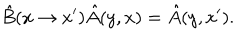
\hat { B } ( x \rightarrow x ^ { \prime } ) \hat { A } ( y , x ) = \hat { A } ( y , x ^ { \prime } ) .